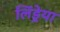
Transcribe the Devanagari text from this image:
लिंड्रेया